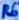
Text: R6